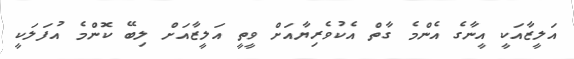
އަލީޒާއަކީ އީނާގެ އެންމެ ގާތް އެކުވެރިޔާއަށް ވީތީ އަލީޒާއަށް ލިބޭ ކޮންމެ އުފަލަކީ